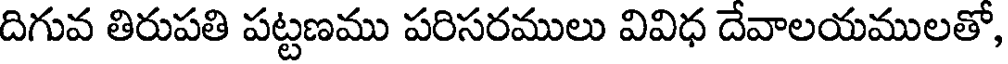
దిగువ తిరుపతి పట్టణము పరిసరములు వివిధ దేవాలయములతో,